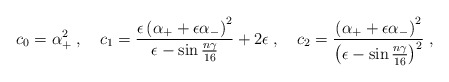
\begin{align*}c_0=\alpha^2_{+}\;,\quad c_1=\frac{\epsilon\left(\alpha_{+}+\epsilon\alpha_{-}\right)^2}{\epsilon-\sin\frac{n\gamma}{16}}+2\epsilon\;,\quad c_2=\frac{\left(\alpha_{+}+\epsilon\alpha_{-}\right)^2}{\left(\epsilon-\sin\frac{n\gamma}{16}\right)^2}\;,\end{align*}